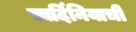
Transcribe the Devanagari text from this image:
सार्दिनियाची